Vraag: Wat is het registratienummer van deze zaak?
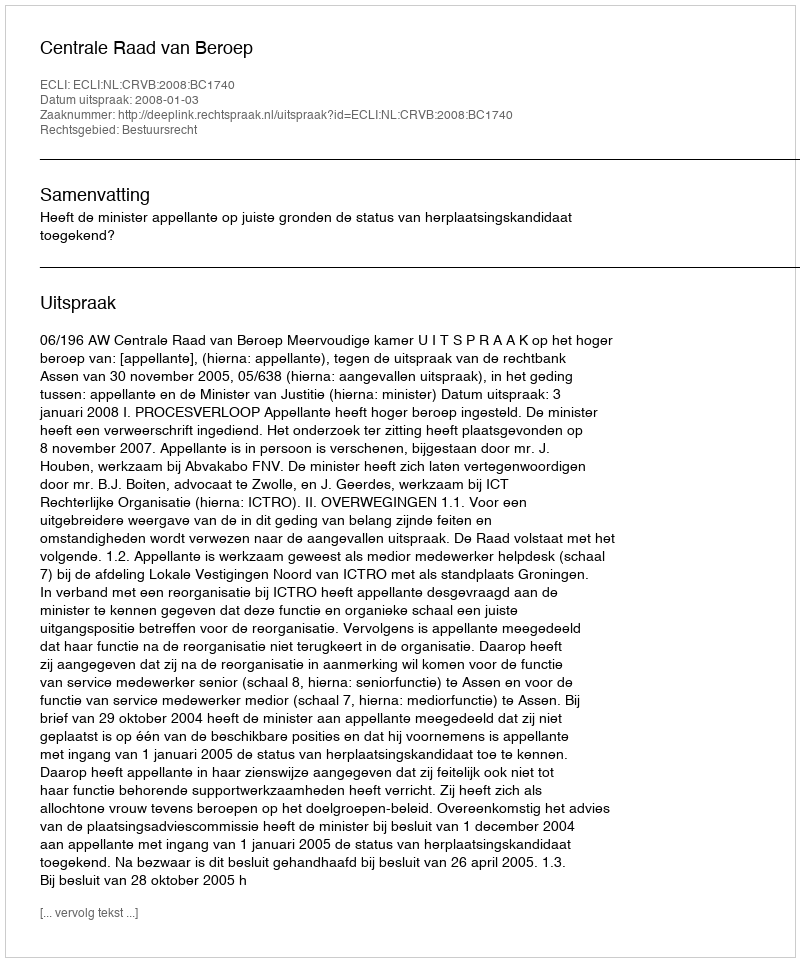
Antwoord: http://deeplink.rechtspraak.nl/uitspraak?id=ECLI:NL:CRVB:2008:BC1740